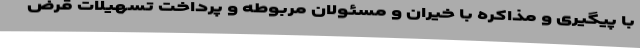
با پیگیری و مذاکره با خیران و مسئولان مربوطه و پرداخت تسهیلات قرض